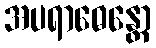
အပရာဓေန္တော